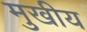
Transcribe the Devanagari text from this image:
मुखीय